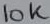
Text: 10K